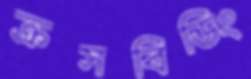
ক্রসবিডিং